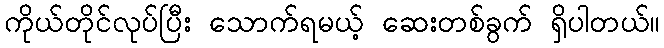
ကိုယ်တိုင်လုပ်ပြီး သောက်ရမယ့် ဆေးတစ်ခွက် ရှိပါတယ်။